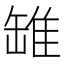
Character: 𫄻